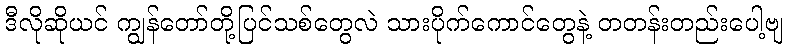
ဒီလိုဆိုယင် ကျွန်တော်တို့ပြင်သစ်တွေလဲ သားပိုက်ကောင်တွေနဲ့ တတန်းတည်းပေါ့ဗျ